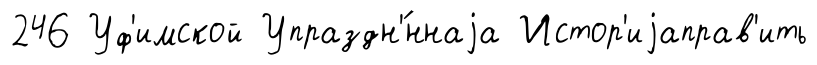
246 Уф'имской Упраздн'́ннаjа Истор'иjаправ'ить